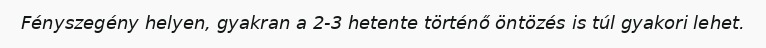
Fényszegény helyen, gyakran a 2-3 hetente történő öntözés is túl gyakori lehet.